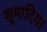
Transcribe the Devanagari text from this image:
शुमादिया